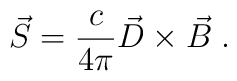
\vec{S} = \frac{c}{4 \pi} \vec{D} \times \vec{B} \;.